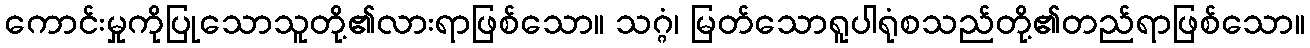
ကောင်းမှုကိုပြုသောသူတို့၏လားရာဖြစ်သော။ သဂ္ဂံ၊ မြတ်သောရူပါရုံစသည်တို့၏တည်ရာဖြစ်သော။